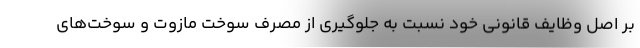
بر اصل وظایف قانونی خود نسبت به جلوگیری از مصرف سوخت مازوت و سوخت‌های